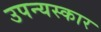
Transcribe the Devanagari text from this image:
उपन्यस्कार